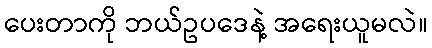
ပေးတာကို ဘယ်ဥပဒေနဲ့ အရေးယူမလဲ။